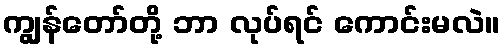
ကျွန်တော်တို့ ဘာ လုပ်ရင် ကောင်းမလဲ။